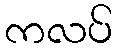
ကလပ်